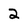
Character: 2